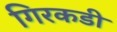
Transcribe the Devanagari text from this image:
गिरकडी